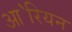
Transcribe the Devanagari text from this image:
आ॓रियन